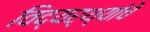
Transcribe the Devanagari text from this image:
विद्यर्थ्यांचे